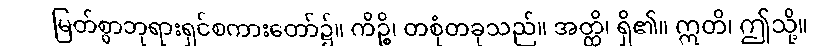
မြတ်စွာဘုရားရှင်စကားတော်၌။ ကိဉ္စိ၊ တစုံတခုသည်။ အတ္ထိ၊ ရှိ၏။ ဣတိ၊ ဤသို့။